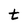
Character: t